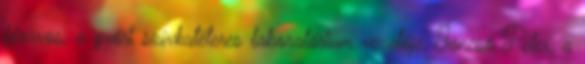
főorvos, a győri szívkatéteres laboratórium vezetője, Jancsó Péter, a